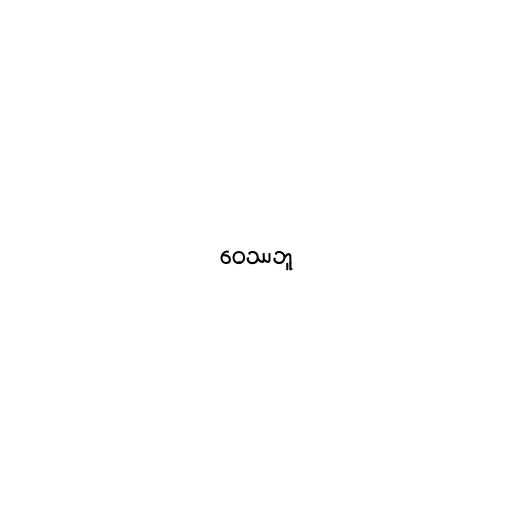
ဝေဿဘူ